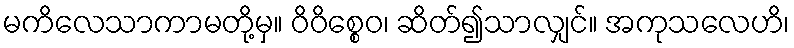
မကိလေသာကာမတို့မှ။ ဝိဝိစ္စေဝ၊ ဆိတ်၍သာလျှင်။ အကုသလေဟိ၊